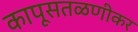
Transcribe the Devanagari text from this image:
कापूसतळणीकर